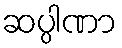
ဆပ္ပါဏာ